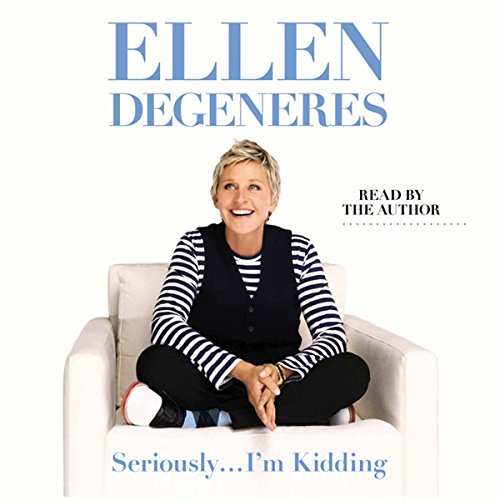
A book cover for Seriously...I'm Kidding; Ellen DeGeneres; Humor & Entertainment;